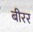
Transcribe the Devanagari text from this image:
बीरर